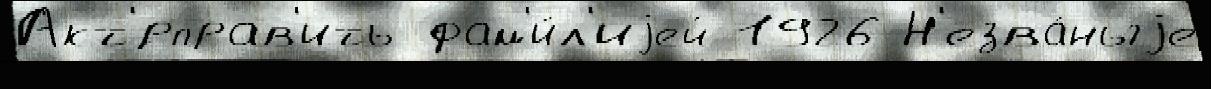
Акт'́рправ'ить фам'и́л'иjей 1926 Н'езва́ныjе